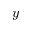
y